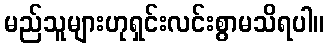
မည်သူများဟုရှင်းလင်းစွာမသိရပါ။